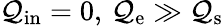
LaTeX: \mathcal{Q}_{\mathrm{{in}}}=0,\, \mathcal{Q}_{\mathrm{{e}}}\gg\mathcal{Q}_{\mathrm{{s}}}